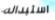
استبداله